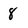
Character: 8